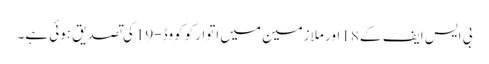
بی ایس ایف کے 18 اور ملازمین میں اتوار کوکووڈ-19کی تصدیق ہوئی ہے۔